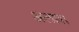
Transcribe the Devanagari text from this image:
अलाव।